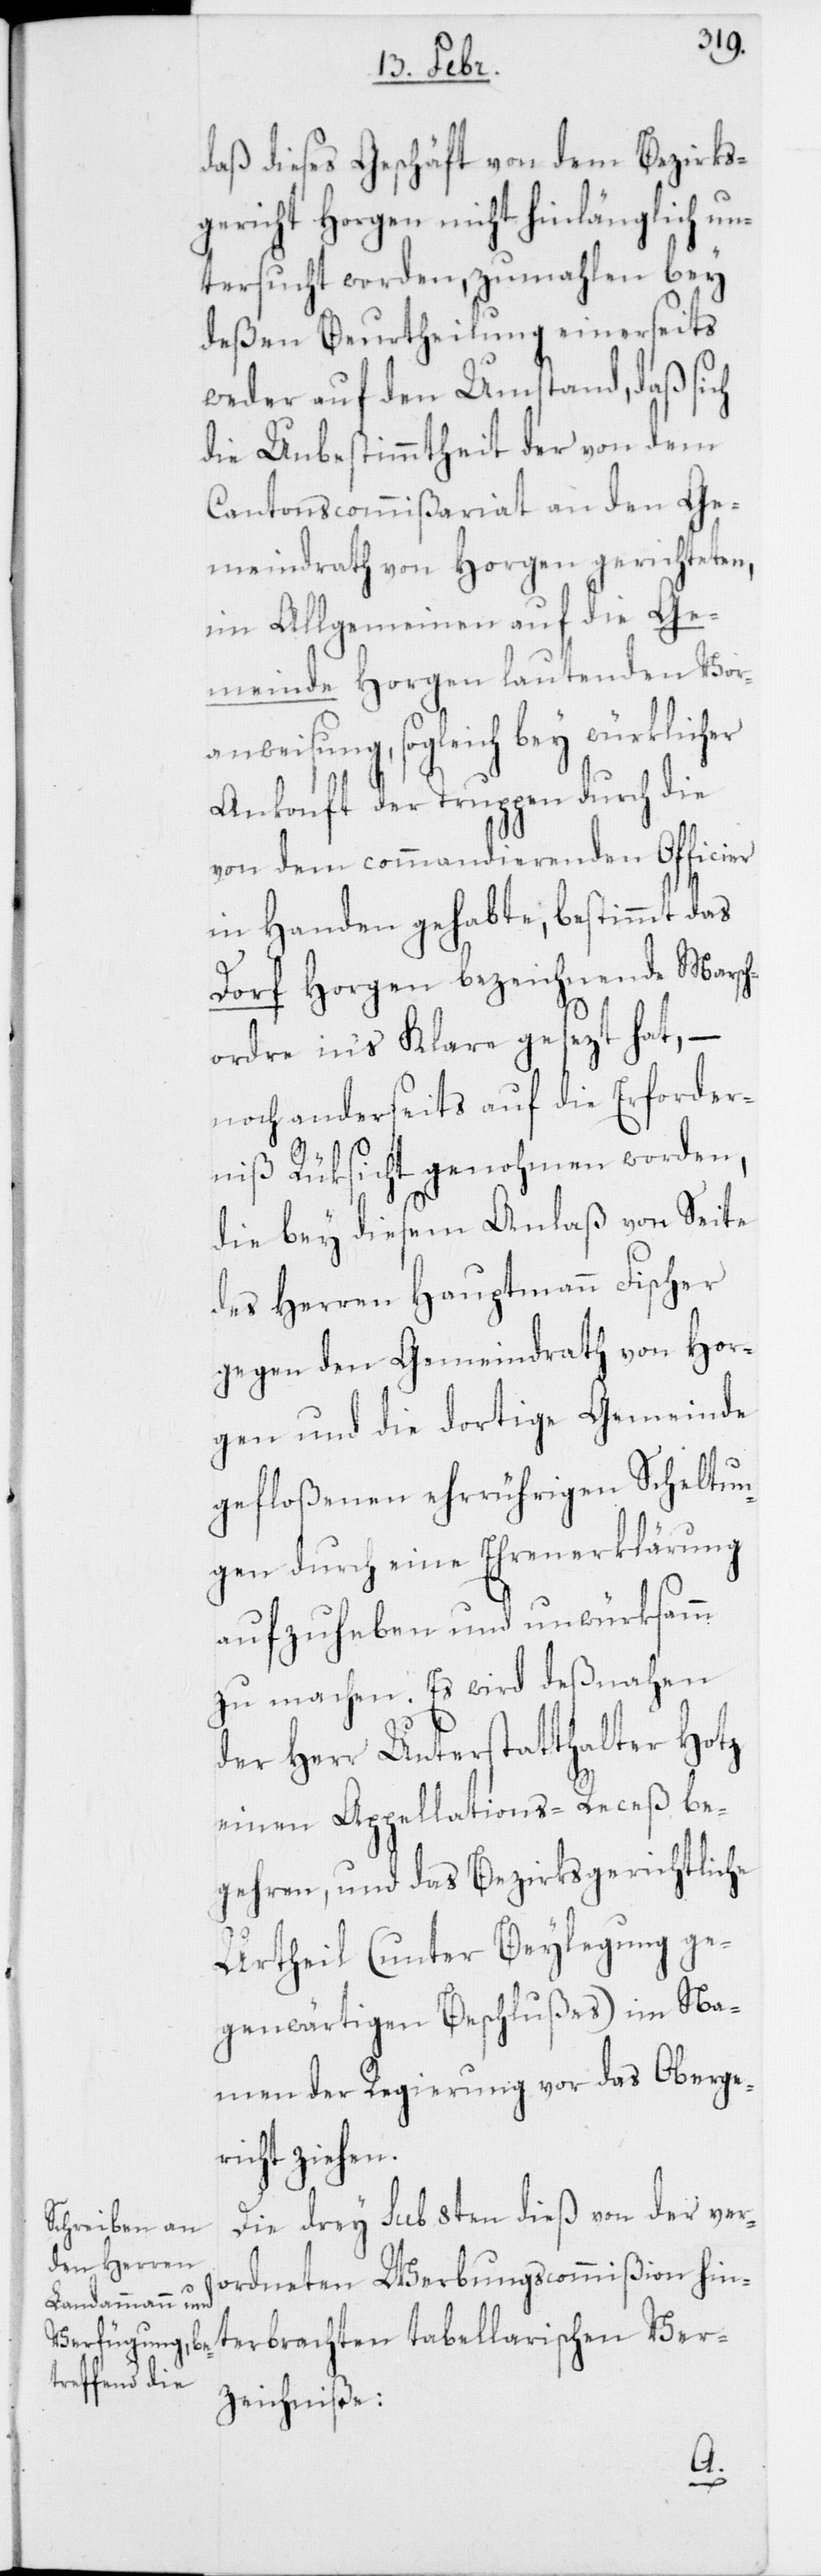
daß dieses Geschäft von dem Bezirks¬
gericht Horgen nicht hinlänglich un¬
tersucht worden, zumahlen bey
deßen Beurtheilung einerseits
weder auf den Umstand, daß sich
die Unbestimmtheit der von dem
Cantonscommißariat an den Ge¬
meindrath von Horgen gerichteten,
im Allgemeinen auf die Ge¬
meinde Horgen lautenden Vor¬
anweisung, sogleich bey würklicher
Ankunft der Truppen durch die
von dem commandierenden Officier
in Handen gehabte, bestimmt das
Dorf Horgen bezeichnende Marsch¬
ordre in’s Klare gesezt hat, –
noch anderseits auf die Erforder¬
niß Rüksicht genohmen worden,
die bey diesem Anlaß von Seite
des Herren Hauptmann Fischer
gegen den Gemeindrath von Hor¬
gen und die dortige Gemeinde
gefloßenen ehrrührigen Scheltun¬
gen durch eine Ehrenerklärung
aufzuheben und unwürksam
zu machen. Es wird deßnahen
der Herr Unterstatthalter Hotz
einen Appellations-Receß be¬
gehren, und das Bezirksgerichtliche
Urtheil (unter Beylegung ge¬
genwärtigen Beschlußes) im Na¬
men der Regierung vor das Oberge¬
richt ziehen.
Die drey sub 8ten dieß von der ver¬
ordneten Werbungscommißion hin¬
terbrachten tabellarischen Ver¬
zeichniße: